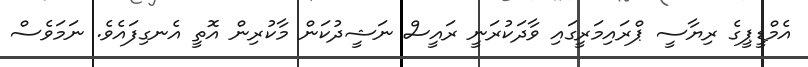
އެމްޑީޕީގެ ރިޔާސީ ޕްރައިމަރީގައި ވާދަކުރަނީ ރައީސް ނަޝީދުކަން މާކުރިން އޮތީ އެނގިފައެވެ. ނަމަވެސް